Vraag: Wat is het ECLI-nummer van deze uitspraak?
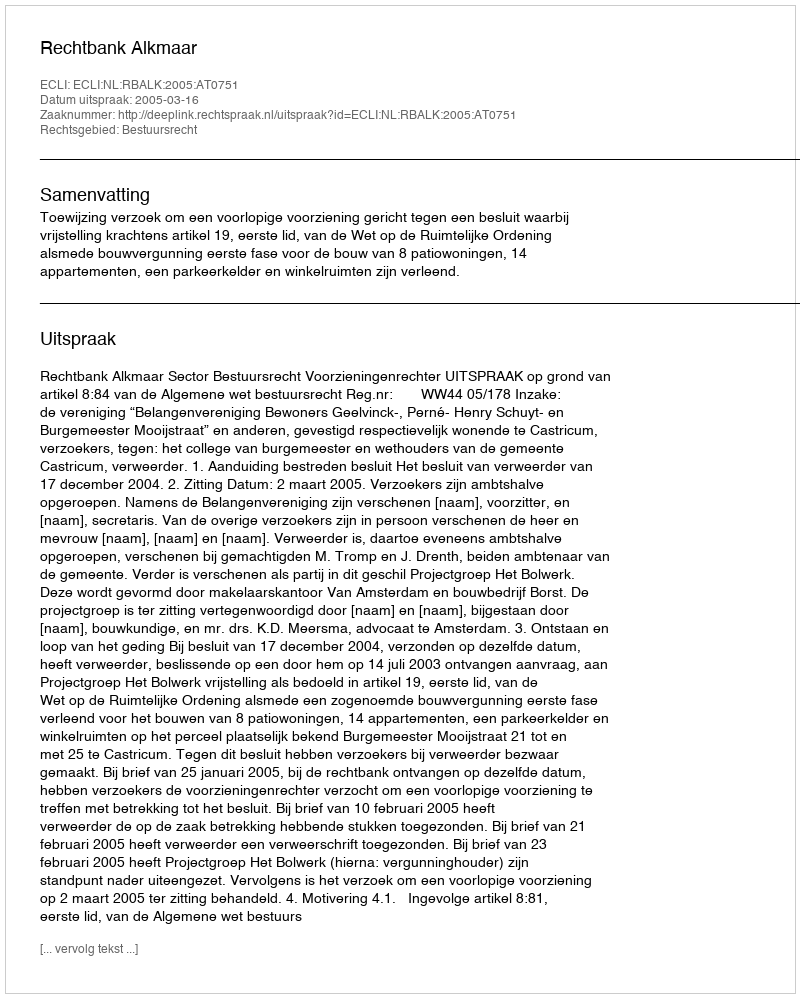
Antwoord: ECLI:NL:RBALK:2005:AT0751